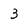
Character: 3